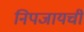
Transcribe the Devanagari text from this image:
निपजायची